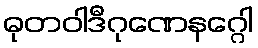
ဓုတဝါဒီဂုဏေနဂ္ဂေါ